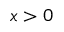
x > 0